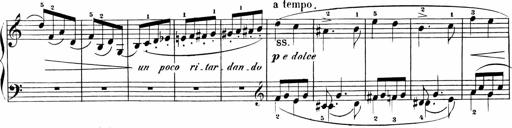
Title: Sonatinen Op.47, 98 und 136, nebst 6 Liedersonatinen
Composer: Carl Reinecke